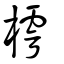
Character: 樗